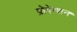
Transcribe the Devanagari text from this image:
प्रोवेन्शन